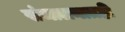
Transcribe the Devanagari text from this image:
संचालनातही